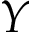
Y